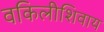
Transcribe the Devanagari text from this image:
वकिलीशिवाय